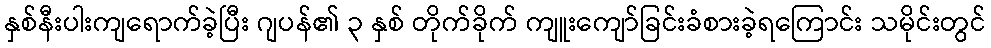
နှစ်နီးပါးကျရောက်ခဲ့ပြီး ဂျပန်၏ ၃ နှစ် တိုက်ခိုက် ကျူးကျော်ခြင်းခံစားခဲ့ရကြောင်း သမိုင်းတွင်